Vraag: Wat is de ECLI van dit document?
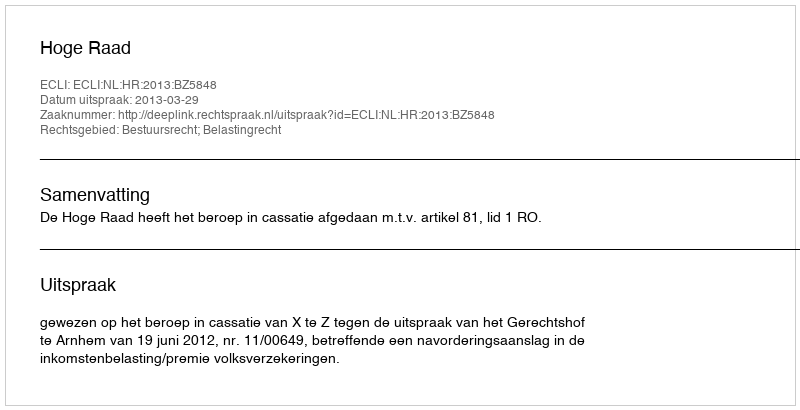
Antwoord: ECLI:NL:HR:2013:BZ5848